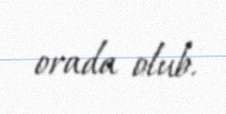
orada olub.